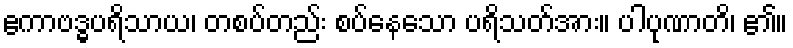
ဧကာဗဒ္ဓပရိသာယ၊ တစပ်တည်း စပ်နေသော ပရိသတ်အား။ ပါပုဏာတိ၊ ၏။